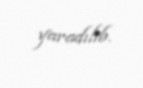
yaradılıb.